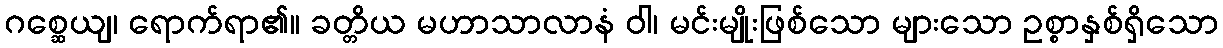
ဂစ္ဆေယျ၊ ရောက်ရာ၏။ ခတ္တိယ မဟာသာလာနံ ဝါ၊ မင်းမျိုးဖြစ်သော များသော ဥစ္စာနှစ်ရှိသော